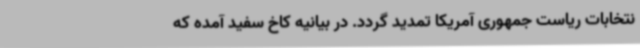
نتخابات ریاست جمهوری آمریکا تمدید گردد. در بیانیه‌ کاخ سفید آمده که